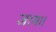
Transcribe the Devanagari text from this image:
जाम।।